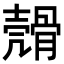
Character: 𩩬